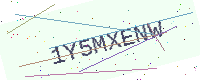
Text: 1Y5MXENW